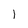
Character: l